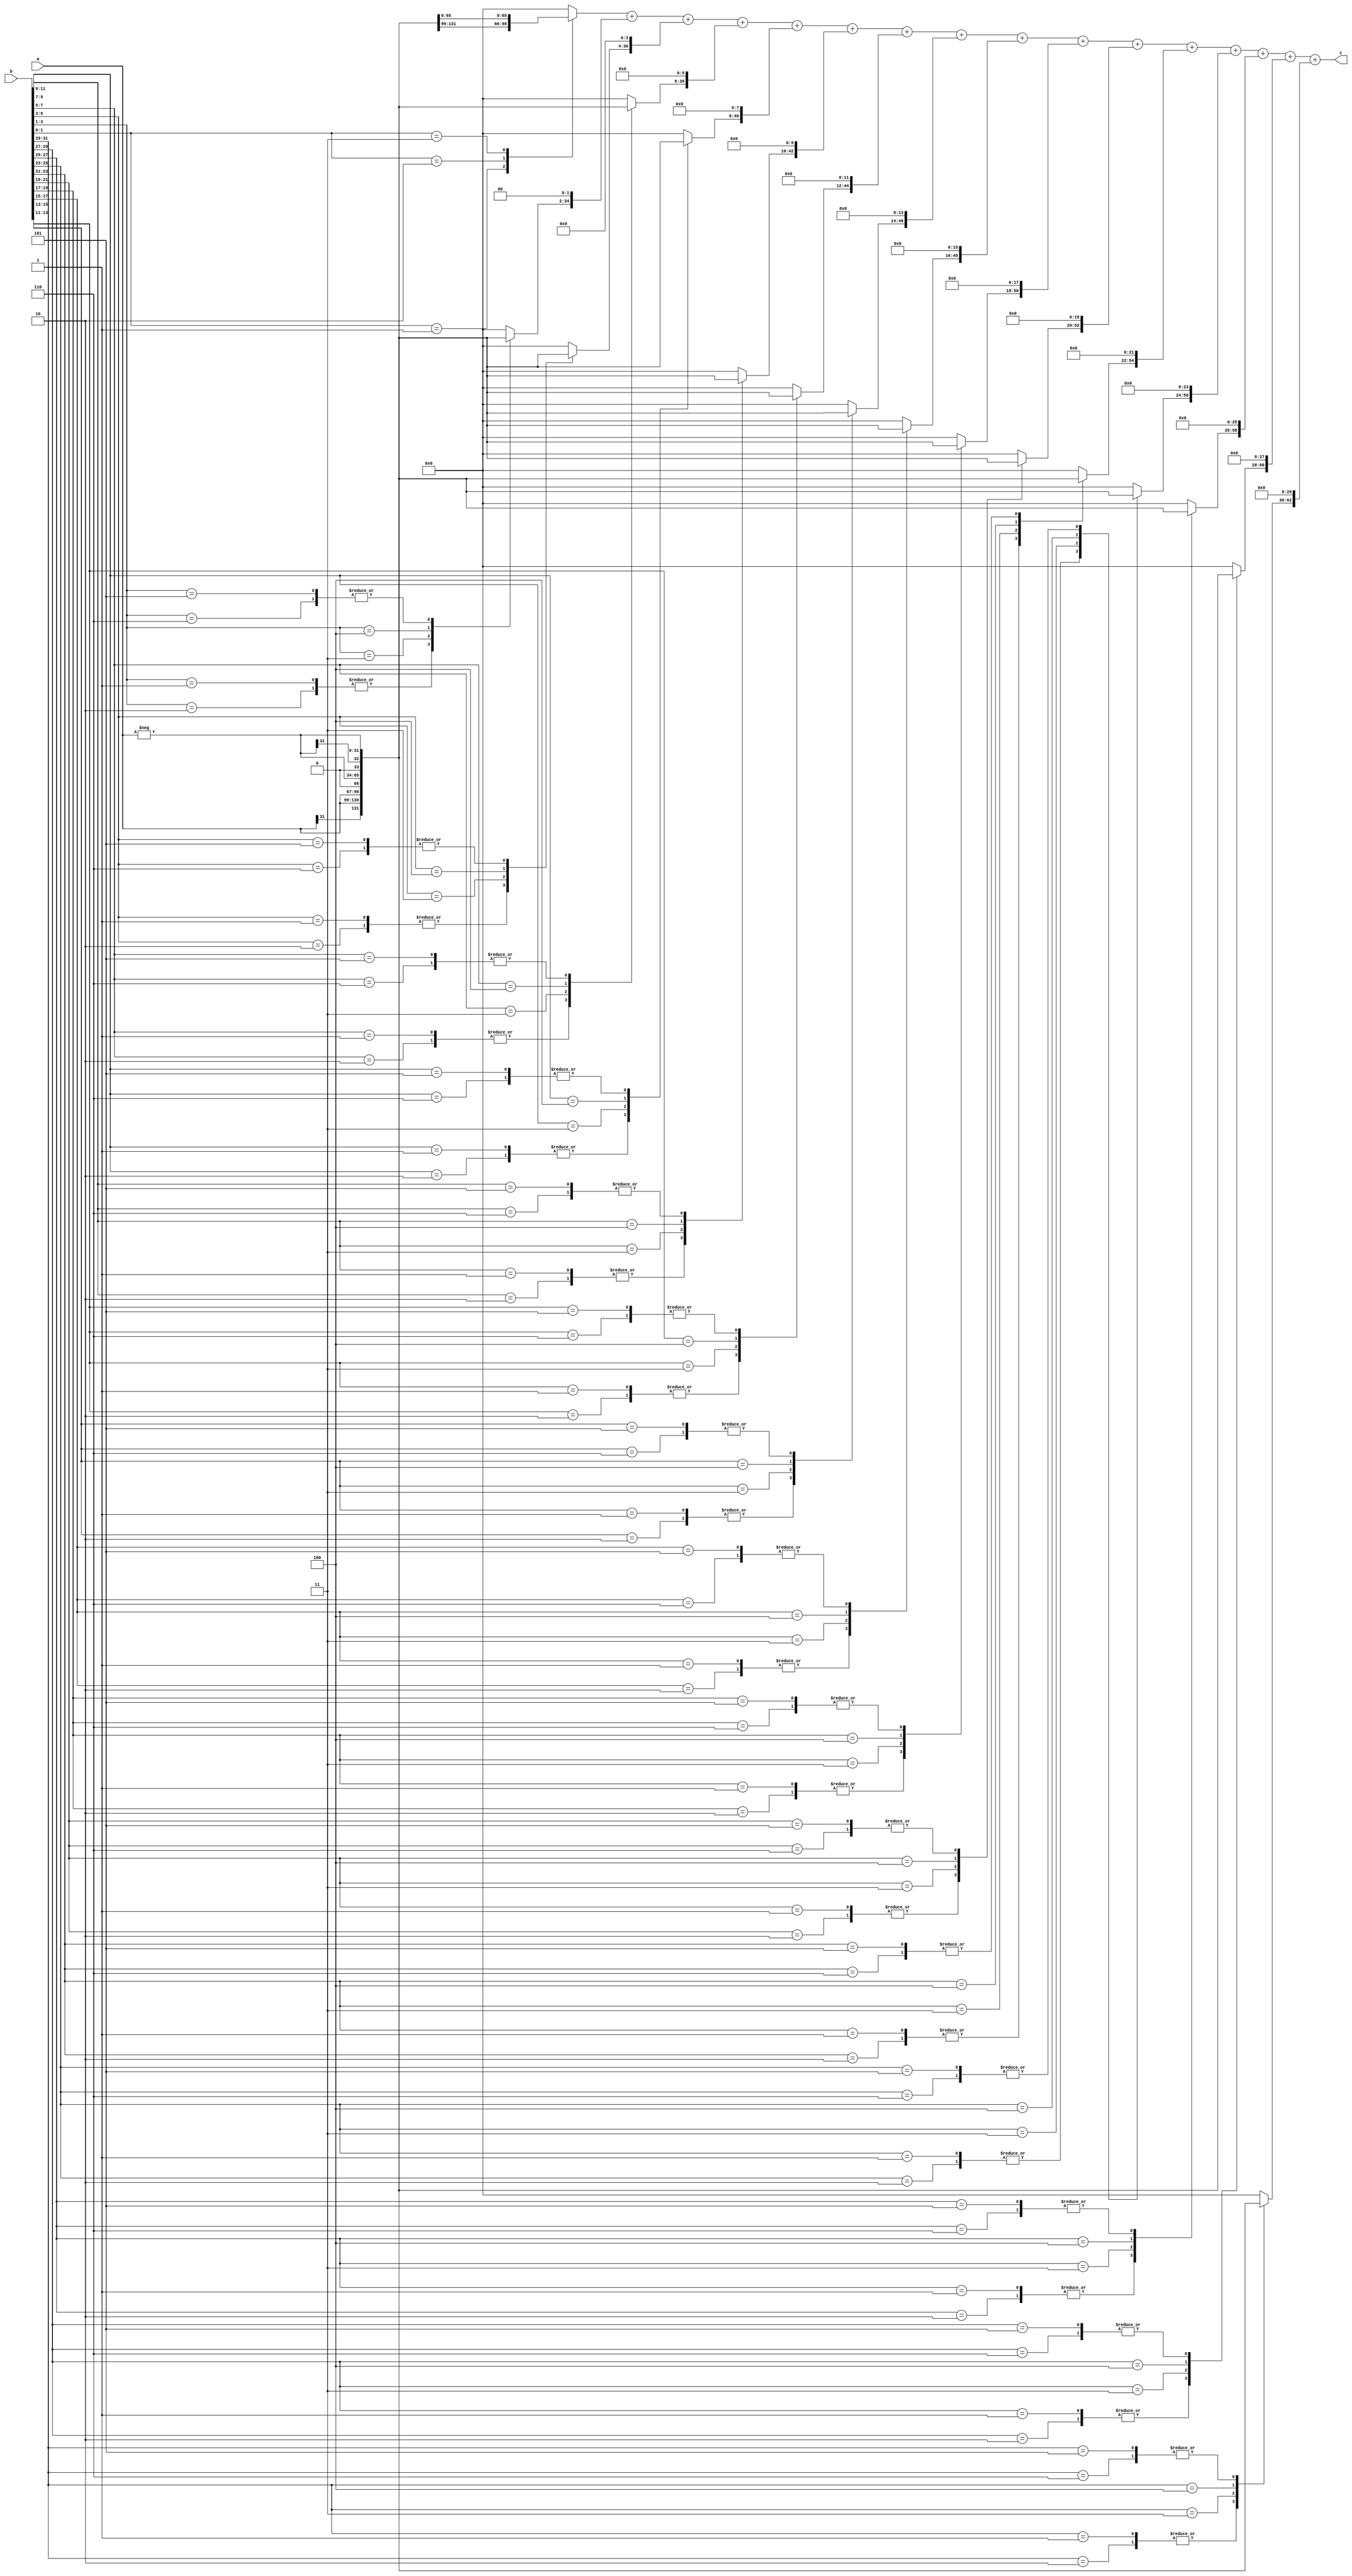
module boothIt (
    input signed [31:0] a, input signed [31:0] b,
    output signed [63:0] c
);

    wire signed [31:0] negA;					// Negative (2's compilent) of multiplicand a
    reg [2:0] combBits [15:0]; 				//the recoded bits
    reg signed [32:0] partProd [15:0];  		// The partial products which are computed based on combBits
    reg signed [63:0] shiftedpartProd [15:0];	// The partial products shifted to the correct amount, in preparation to add them
    reg signed [63:0] sumpartProd;		
    //loop iterators 
	 integer i, j;
    
    //2's comp of A
    assign negA = -a;
    
    // Compute product when a (or negA) or b changes
    always @ (*)
    begin
        
        // Special case
        combBits[0] = {b[1], b[0], 1'b0};
            
              
        for(i=1;i<16;i=i+1) begin
                combBits[i] = {b[2*i+1],b[2*i],b[2*i-1]};
       
        end
        
        // Compute partial products
        for(i=0;i<16;i=i+1)	begin
            
            case(combBits[i])
                
                //bit =  +1, partial product = a
                3'b001 , 3'b010 : partProd[i] = {a[31],a};
                //bit = +2, partial product = 2*a
                3'b011 : partProd[i] = {a,1'b0};
                //bit = -2, partial product = -2*a
                3'b100 : partProd[i] = {negA[31:0],1'b0};
                //bit = -1, partial product = -a
                3'b101 , 3'b110 : partProd[i] = negA;
                
               
                default : partProd[i] = 0;
                
            endcase
          
                        // Sign extend  partial product
            shiftedpartProd[i] = partProd[i] << (2*i);
            
            
         end
        
        //add pp's together
        sumpartProd = shiftedpartProd[0];
        

        for(i=1;i<16;i=i+1) begin
            sumpartProd = sumpartProd + shiftedpartProd[i];
        end
        
        
    end
    
    // The output is the computed product
    assign c = sumpartProd;

endmodule